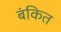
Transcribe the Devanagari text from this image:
बंकित